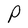
Character: P